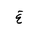
Letter: _gayn